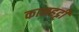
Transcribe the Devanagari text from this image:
कानहट्टी